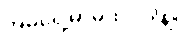
အိမ်ရှေ့မှာမထိုင်ပါနဲ့။